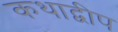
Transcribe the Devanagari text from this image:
कथाद्वीप